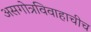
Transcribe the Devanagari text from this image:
असगोत्रविवाहाचीच